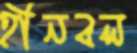
হীনবল